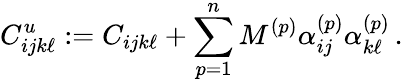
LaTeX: C_{ijk\ell}^{u}:=C_{ijk\ell}+\sum_{p=1}^{n}M^{(p)}\alpha_{ij}^{(p)}\alpha_{k\ell}^{(p)}\, .